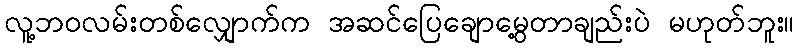
လူ့ဘဝလမ်းတစ်လျှောက်က အဆင်ပြေချောမွေ့တာချည်းပဲ မဟုတ်ဘူး။